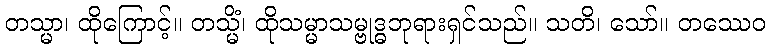
တသ္မာ၊ ထိုကြောင့်။ တသ္မိံ၊ ထိုသမ္မာသမ္ဗုဒ္ဓဘုရားရှင်သည်။ သတိ၊ သော်။ တဿေဝ